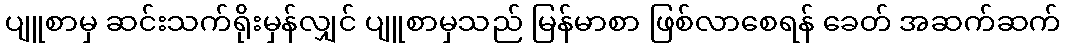
ပျူစာမှ ဆင်းသက်ရိုးမှန်လျှင် ပျူစာမှသည် မြန်မာစာ ဖြစ်လာစေရန် ခေတ် အဆက်ဆက်